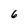
Character: 6